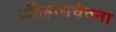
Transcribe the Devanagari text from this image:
इतिहासचेतना